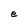
Character: e